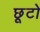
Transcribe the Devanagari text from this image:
छूटो